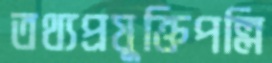
তথ্যপ্রযুক্তিপল্লি